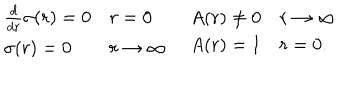
\begin{array} { l l } { { \begin{array} { l l } { { \frac { d } { d r } \sigma ( r ) = 0 } } & { { r = 0 } } \\ { { \sigma ( r ) = 0 } } & { { r \rightarrow \infty } } \\ \end{array} } } & { { \begin{array} { l l } { { A ( r ) \neq 0 } } & { { r \rightarrow \infty } } \\ { { A ( r ) = 1 } } & { { r = 0 . } } \\ \end{array} } } \\ \end{array}